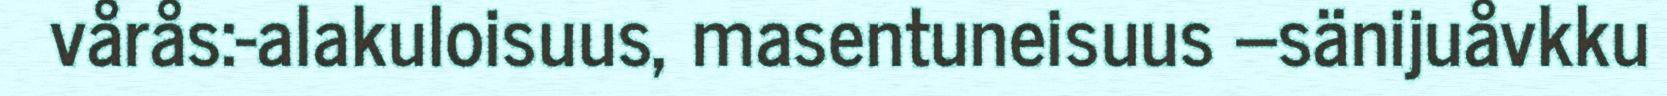
vårås:-alakuloisuus, masentuneisuus –sänijuåvkku